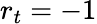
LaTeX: r_{t}=-1